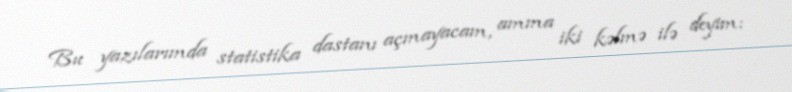
Bu yazılarımda statistika dastanı açmayacam, amma iki kəlmə ilə deyim: